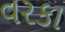
વરકા